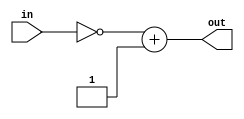
module complement2 (in, out);
    parameter N = 6;
    input [N-1:0] in;
    output [N-1:0] out;

    assign out = (~in) + 1;
    
endmodule